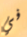
في